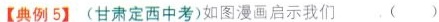
【典例5】(甘肃定西中考)如图漫画启示我们，( )